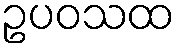
ဥပဝသထ